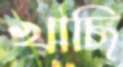
খাছি